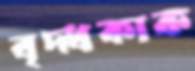
বৃদ্ধকাক